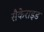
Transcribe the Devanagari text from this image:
सैकेराइड